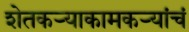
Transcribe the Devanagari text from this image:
शेतकऱ्याकामकऱ्यांचं